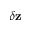
\delta \mathbf { z }